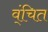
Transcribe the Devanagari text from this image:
व्ंचित